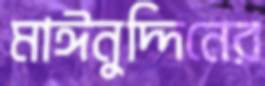
মাঈনুদ্দিনের